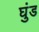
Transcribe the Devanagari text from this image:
घुंड